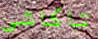
تاكاشي